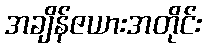
အချိန်ဇယားအတိုင်း